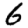
Digit: 6